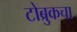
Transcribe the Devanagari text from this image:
टोब्रुकचा